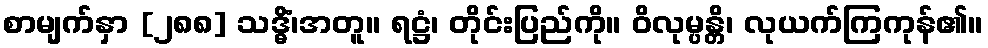
စာမျက်နှာ [၂၈၈] သဒ္ဓိံ၊အတူ။ ရဋ္ဌံ၊ တိုင်းပြည်ကို။ ဝိလုမ္ပန္တိ၊ လုယက်ကြကုန်၏။